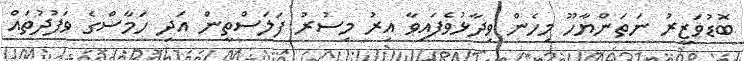
ބޮޑުވަޒީރު ނަތަންޔާހޫ މިހެން ވިދާޅުވެފައިވާ އިރު މިސުރު ފަލަސްތީން އަދި ހަމާސްގެ ވަފުދުތައް